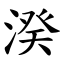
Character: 湀